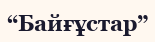
“Байғұстар”